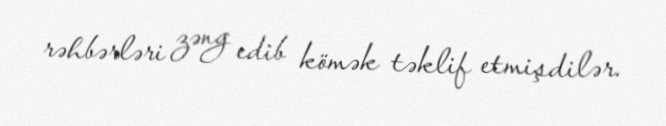
rəhbərləri zəng edib kömək təklif etmişdilər.